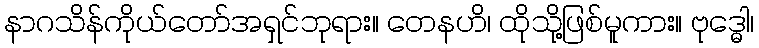
နာဂသိန်ကိုယ်တော်အရှင်ဘုရား။ တေနဟိ၊ ထိုသို့ဖြစ်မူကား။ ဗုဒ္ဓေါ၊